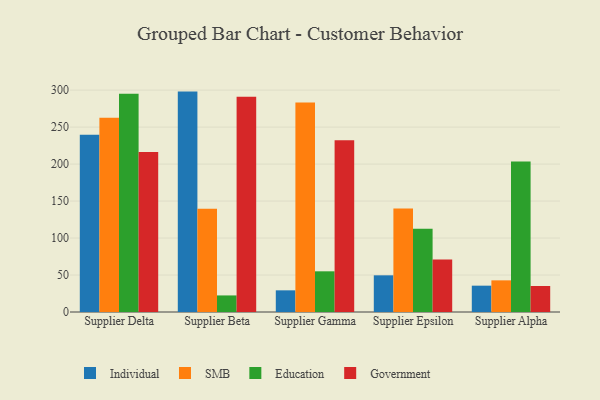
{"axis": {"x": "Supplier", "y": "Demand Index"}, "legend": ["Education", "Government", "Individual", "SMB"], "data": [{"x": "Supplier Delta", "y": 239.5, "type": "Individual"}, {"x": "Supplier Delta", "y": 262.8, "type": "SMB"}, {"x": "Supplier Delta", "y": 295.0, "type": "Education"}, {"x": "Supplier Delta", "y": 216.3, "type": "Government"}, {"x": "Supplier Beta", "y": 298.0, "type": "Individual"}, {"x": "Supplier Beta", "y": 139.7, "type": "SMB"}, {"x": "Supplier Beta", "y": 22.4, "type": "Education"}, {"x": "Supplier Beta", "y": 291.0, "type": "Government"}, {"x": "Supplier Gamma", "y": 29.3, "type": "Individual"}, {"x": "Supplier Gamma", "y": 283.1, "type": "SMB"}, {"x": "Supplier Gamma", "y": 55.0, "type": "Education"}, {"x": "Supplier Gamma", "y": 232.1, "type": "Government"}, {"x": "Supplier Epsilon", "y": 49.6, "type": "Individual"}, {"x": "Supplier Epsilon", "y": 139.8, "type": "SMB"}, {"x": "Supplier Epsilon", "y": 112.5, "type": "Education"}, {"x": "Supplier Epsilon", "y": 71.0, "type": "Government"}, {"x": "Supplier Alpha", "y": 35.6, "type": "Individual"}, {"x": "Supplier Alpha", "y": 42.8, "type": "SMB"}, {"x": "Supplier Alpha", "y": 203.4, "type": "Education"}, {"x": "Supplier Alpha", "y": 35.2, "type": "Government"}]}